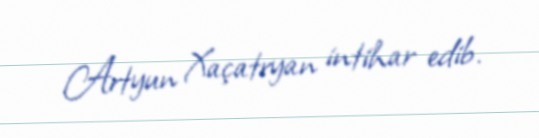
Artyun Xaçatryan intihar edib.